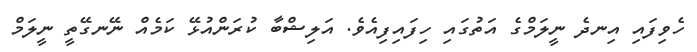
ހެވިފައި އިނދެ ނީލަމްގެ އަތުގައި ހިފައިފިއެވެ. އަލިޝްބާ ކުރަންއުޅޭ ކަމެއް ނޭނގޭތީ ނީލަމް